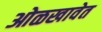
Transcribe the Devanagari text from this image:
ओळखावेत